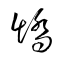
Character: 矯